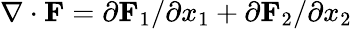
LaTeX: \nabla\cdot{\mathbf F}=\partial{\mathbf F}_{1}/\partial x_{1}+\partial{\mathbf F}_{2}/\partial x_{2}